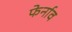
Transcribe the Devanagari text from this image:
फेर्नाव